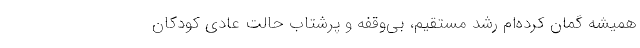
همیشه گمان کرده‌ام رشد مستقیم، بی‌وقفه و پرشتاب حالتِ عادیِ کودکان